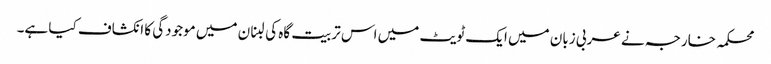
محکمہ خارجہ نے عربی زبان میں ایک ٹویٹ میں اس تربیت گاہ کی لبنان میں موجودگی کا انکشاف کیا ہے۔